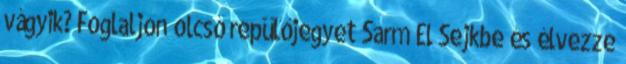
vágyik? Foglaljon olcsó repülőjegyet Sarm El Sejkbe és élvezze